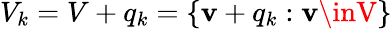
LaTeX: V_{k}=V+q_{k}=\{ \mathbf{v}+q_{k}:\mathbf{v}\inV\}